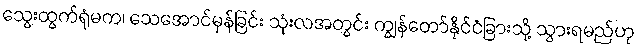
သွေးထွက်ရုံမက၊ သေအောင်မှန်ခြင်း သုံးလအတွင်း ကျွန်တော်နိုင်ငံခြားသို့ သွားရမည်ဟု